Document type: Sale
Year: 1435
Scribe: Pere Soler
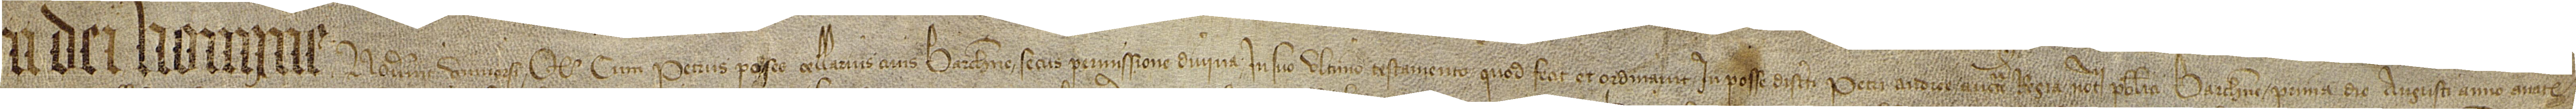
In Dei nomine. Noverint universi quod cum Petrus Poses, cellarius, civis Barchinone, secus permissione divina in suo ultimo testamento, quod fecit et ordinavit in posse discreti Petri Andree, auctoritate regia notarii publici Barchinone, prima die augusti, anno a Nativitate